Leaving Certificate Examination, 1912
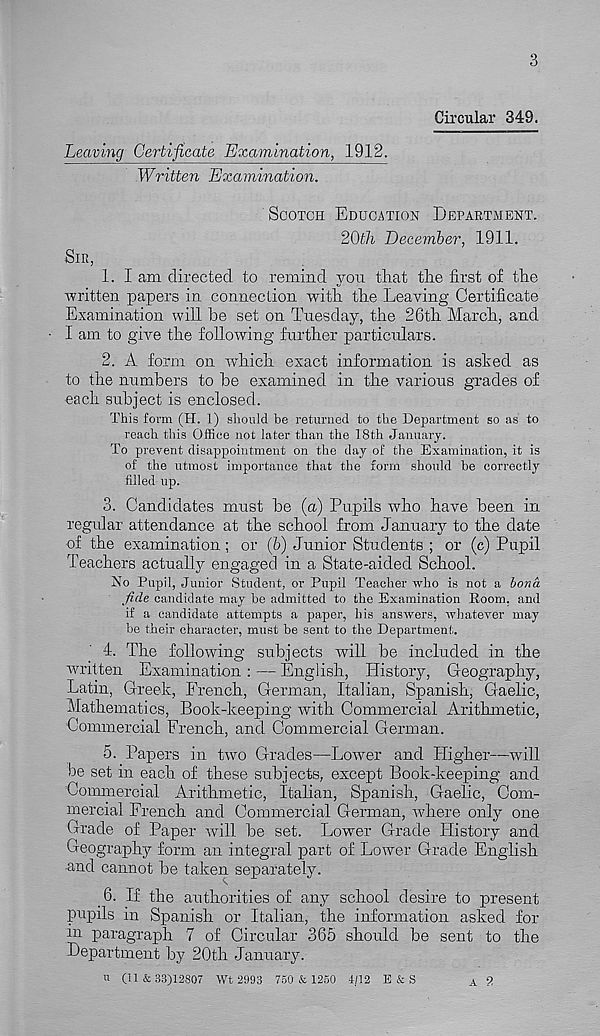
3
Circular 349.
Leaving Certificate Examination, 1912.
Written Examination.
SCOTCH EDUCATION DEPARTMENT.
20th December, 1911.
SIR,
1. I am directed to remind yon that the first of the
written papers in connection with the Leaving Certificate
Examination will he set on Tuesday, the 26th March, and
I am to give the f oho wing further particulars.
2. A form on which exact information is asked as
to the numbers to be examined in the various grades of
each subject is enclosed.
This form (IT. 1) should be returned to the Department so as to
reach this Office not later than the 18th January.
To prevent disappointment on the day of the Examination, it is
of the utmost importance that the form should be correctly
filled up.
3. Candidates must be (a) Pupils who have been in
regular 1 attendance at the school from January to the date
of the examination; or (6) Junior Students ; or (c) Pupil
Teachers actually engaged in a State-aided School.
No Pupil, Junior Student, or Pupil Teacher who is not a bona
fide candidate may be admitted to the Examination Boom, and
if a candidate attempts a paper, his answers, whatever may
be their character, must be sent to the Department..
4. The following subjects will be included in the
written Examination : — English, History, Geography,
Latin, Greek, French, German, Italian, Spanish, Gaelic,
Mathematics, Book-keeping with Commercial Arithmetic,
Commercial French, and Commercial German.
5. Papers in two Grades—Lower and Higher—will
be set in each of these subjects, except Book-keeping and
Commercial Arithmetic, Italian, Spanish, Gaelic, Com-
mercial French and Commercial German, where only one
Grade of Paper will be set. Lower Grade History and
Geography form an integral part of Lower Grade English
-and cannot be taken separately.
fi. If the authorities of any school desire to present
pupils in Spanish or Italian, the information asked for
in paragraph 7 of Circular 365 should be sent to the
Department by 20th January.
(11 & 33)12807 Wt 2993 750 & 1250 4/12 E&S
A C>
11